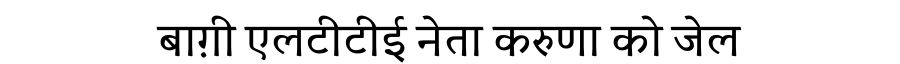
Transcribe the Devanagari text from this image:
बाग़ी एलटीटीई नेता करुणा को जेल